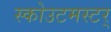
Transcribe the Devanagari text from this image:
स्कोउटमस्टर्